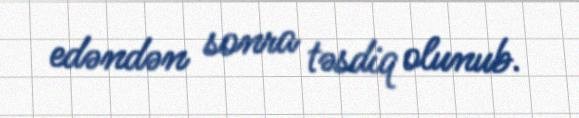
edəndən sonra təsdiq olunub.